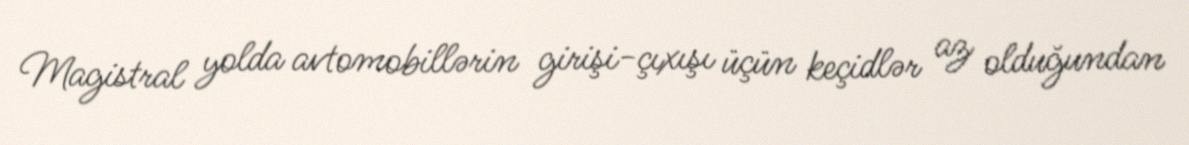
Magistral yolda avtomobillərin girişi-çıxışı üçün keçidlər az olduğundan